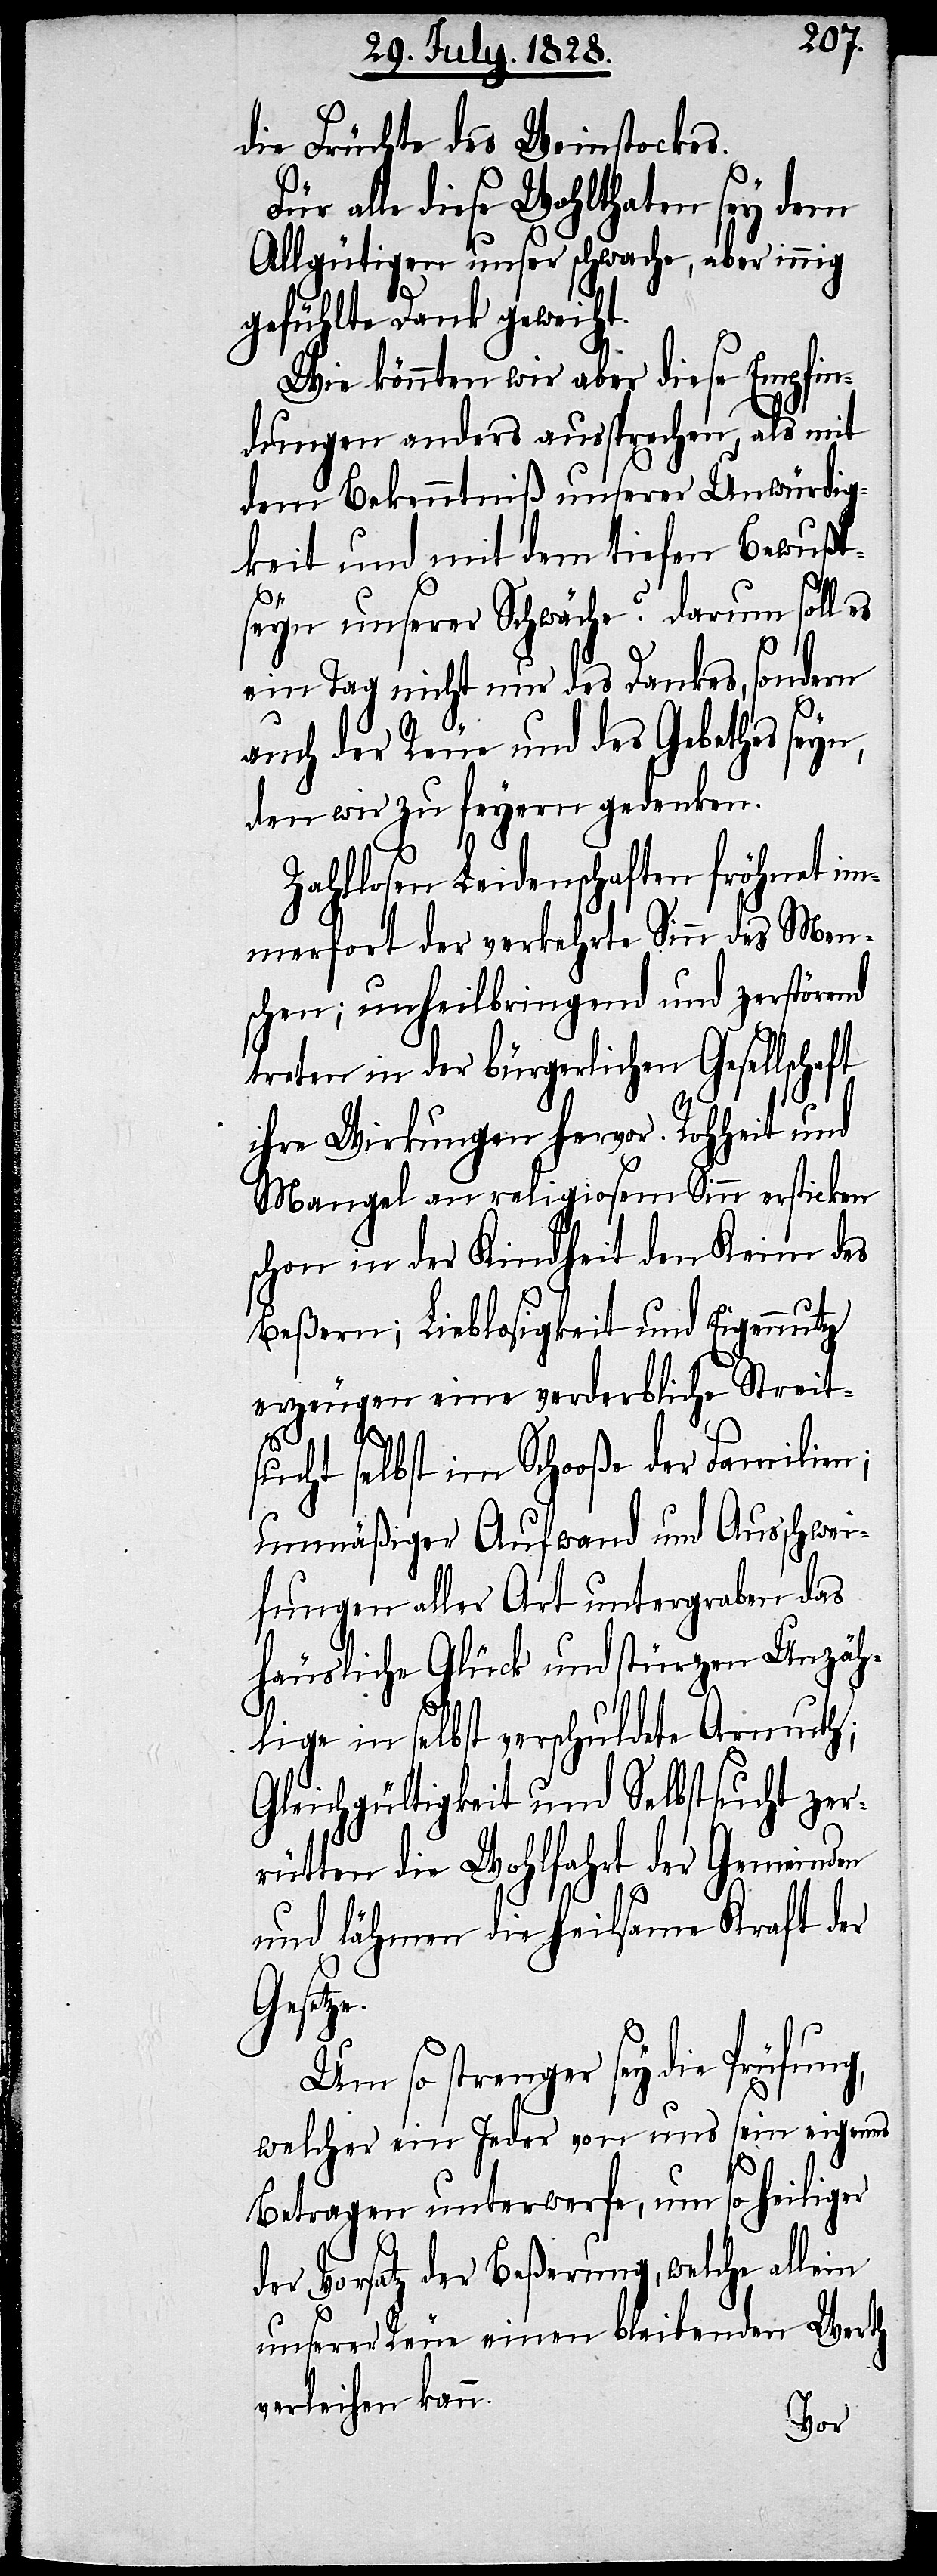
die Früchte des Weinstockes.
alle diese Wohlthaten sey dem
Allgütigen unser schwache, aber innig
gefühlte Dank [sic!]
Wie könnten wir aber diese Empfin¬
dungen anders aussprechen, als mit
dem Bekenntniß unserer Unwürdig¬
keit und mit dem tiefen Bewußt¬
seyn unserer Schwäche? darum soll es
ein Tag nicht nur des Dankes, sondern
auch der Reue und des Gebethes seyn,
den wir zu feyern gedenken.
Zahllosen Leidenschaften fröhnet im¬
merfort der verkehrte Sinn des Men¬
schen; unheilbringend und zerstörend
treten in der bürgerlichen Gesellschaft
ihre Wirkungen hervor. Rohheit und
Mangel an religiosem Sinn ersticken
schon in der Kindheit den Keim des
Beßern; Lieblosigkeit und Eigennutz
erzeugen eine verderbliche Streit¬
sucht selbst im Schooße der Familien;
unmäßiger Aufwand und Ausschwei¬
fungen aller Art untergraben das
häusliche Glück und stürzen Unzäh¬
lige in selbst verschuldete Armuth;
Gleichgültigkeit und Selbstsucht zer¬
rütten die Wohlfahrt der Gemeinden
und lähmen die heilsame Kraft der
e.
Um so strenger sey die Prüfung,
welcher ein Jeder von uns sein eigenes
Betragen unterwerfe, um so heiliger
der Vorsatz der Beßerung, welche allein
unserer Reue einen bleibenden Werth
verleihen kann.